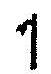
1